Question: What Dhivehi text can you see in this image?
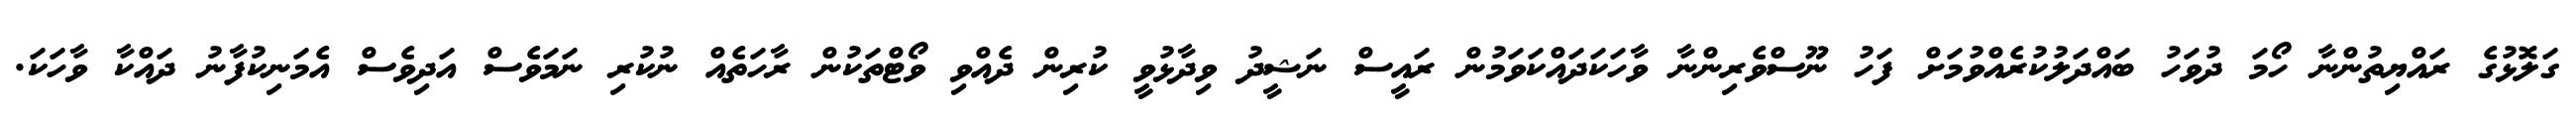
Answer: ގަލޮޅުގެ ރައްޔިތުންނާ ހޯމަ ދުވަހު ބައްދަލުކުރެއްވުމަށް ފަހު ނޫސްވެރިންނާ ވާހަކަދައްކަވަމުން ރައީސް ނަޝީދު ވިދާޅުވީ ކުރިން ދެއްވި ވޯޓްތަކުން ރާހަތެއް ނުކުރި ނަމަވެސް އަދިވެސް އެމަނިކުފާނު ދައްކާ ވާހަކަ.